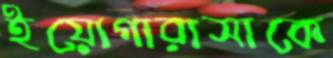
ইয়োগারাসাকে